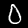
Digit: 0